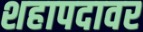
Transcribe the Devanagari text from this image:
शहापदावर